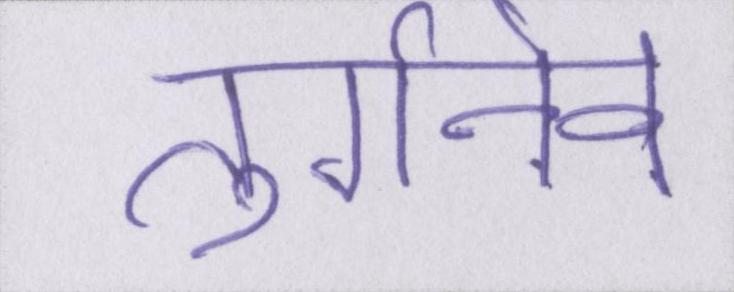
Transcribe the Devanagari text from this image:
तुर्गनेव